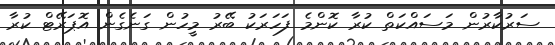
ސަރުކާރުން މަސައްކަތް ކުރާ ކޮންމެ ފަހަރަކު ބޭރު މީހުން ގަނެގެން އޮޕަރޭޓް ކުރާ